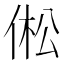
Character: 倯